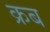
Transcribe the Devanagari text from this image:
क्रब